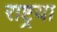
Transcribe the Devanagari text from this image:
राष्ट्रया